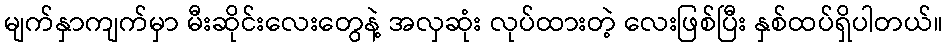
မျက်နှာကျက်မှာ မီးဆိုင်းလေးတွေနဲ့ အလှဆုံး လုပ်ထားတဲ့ လေးဖြစ်ပြီး နှစ်ထပ်ရှိပါတယ်။